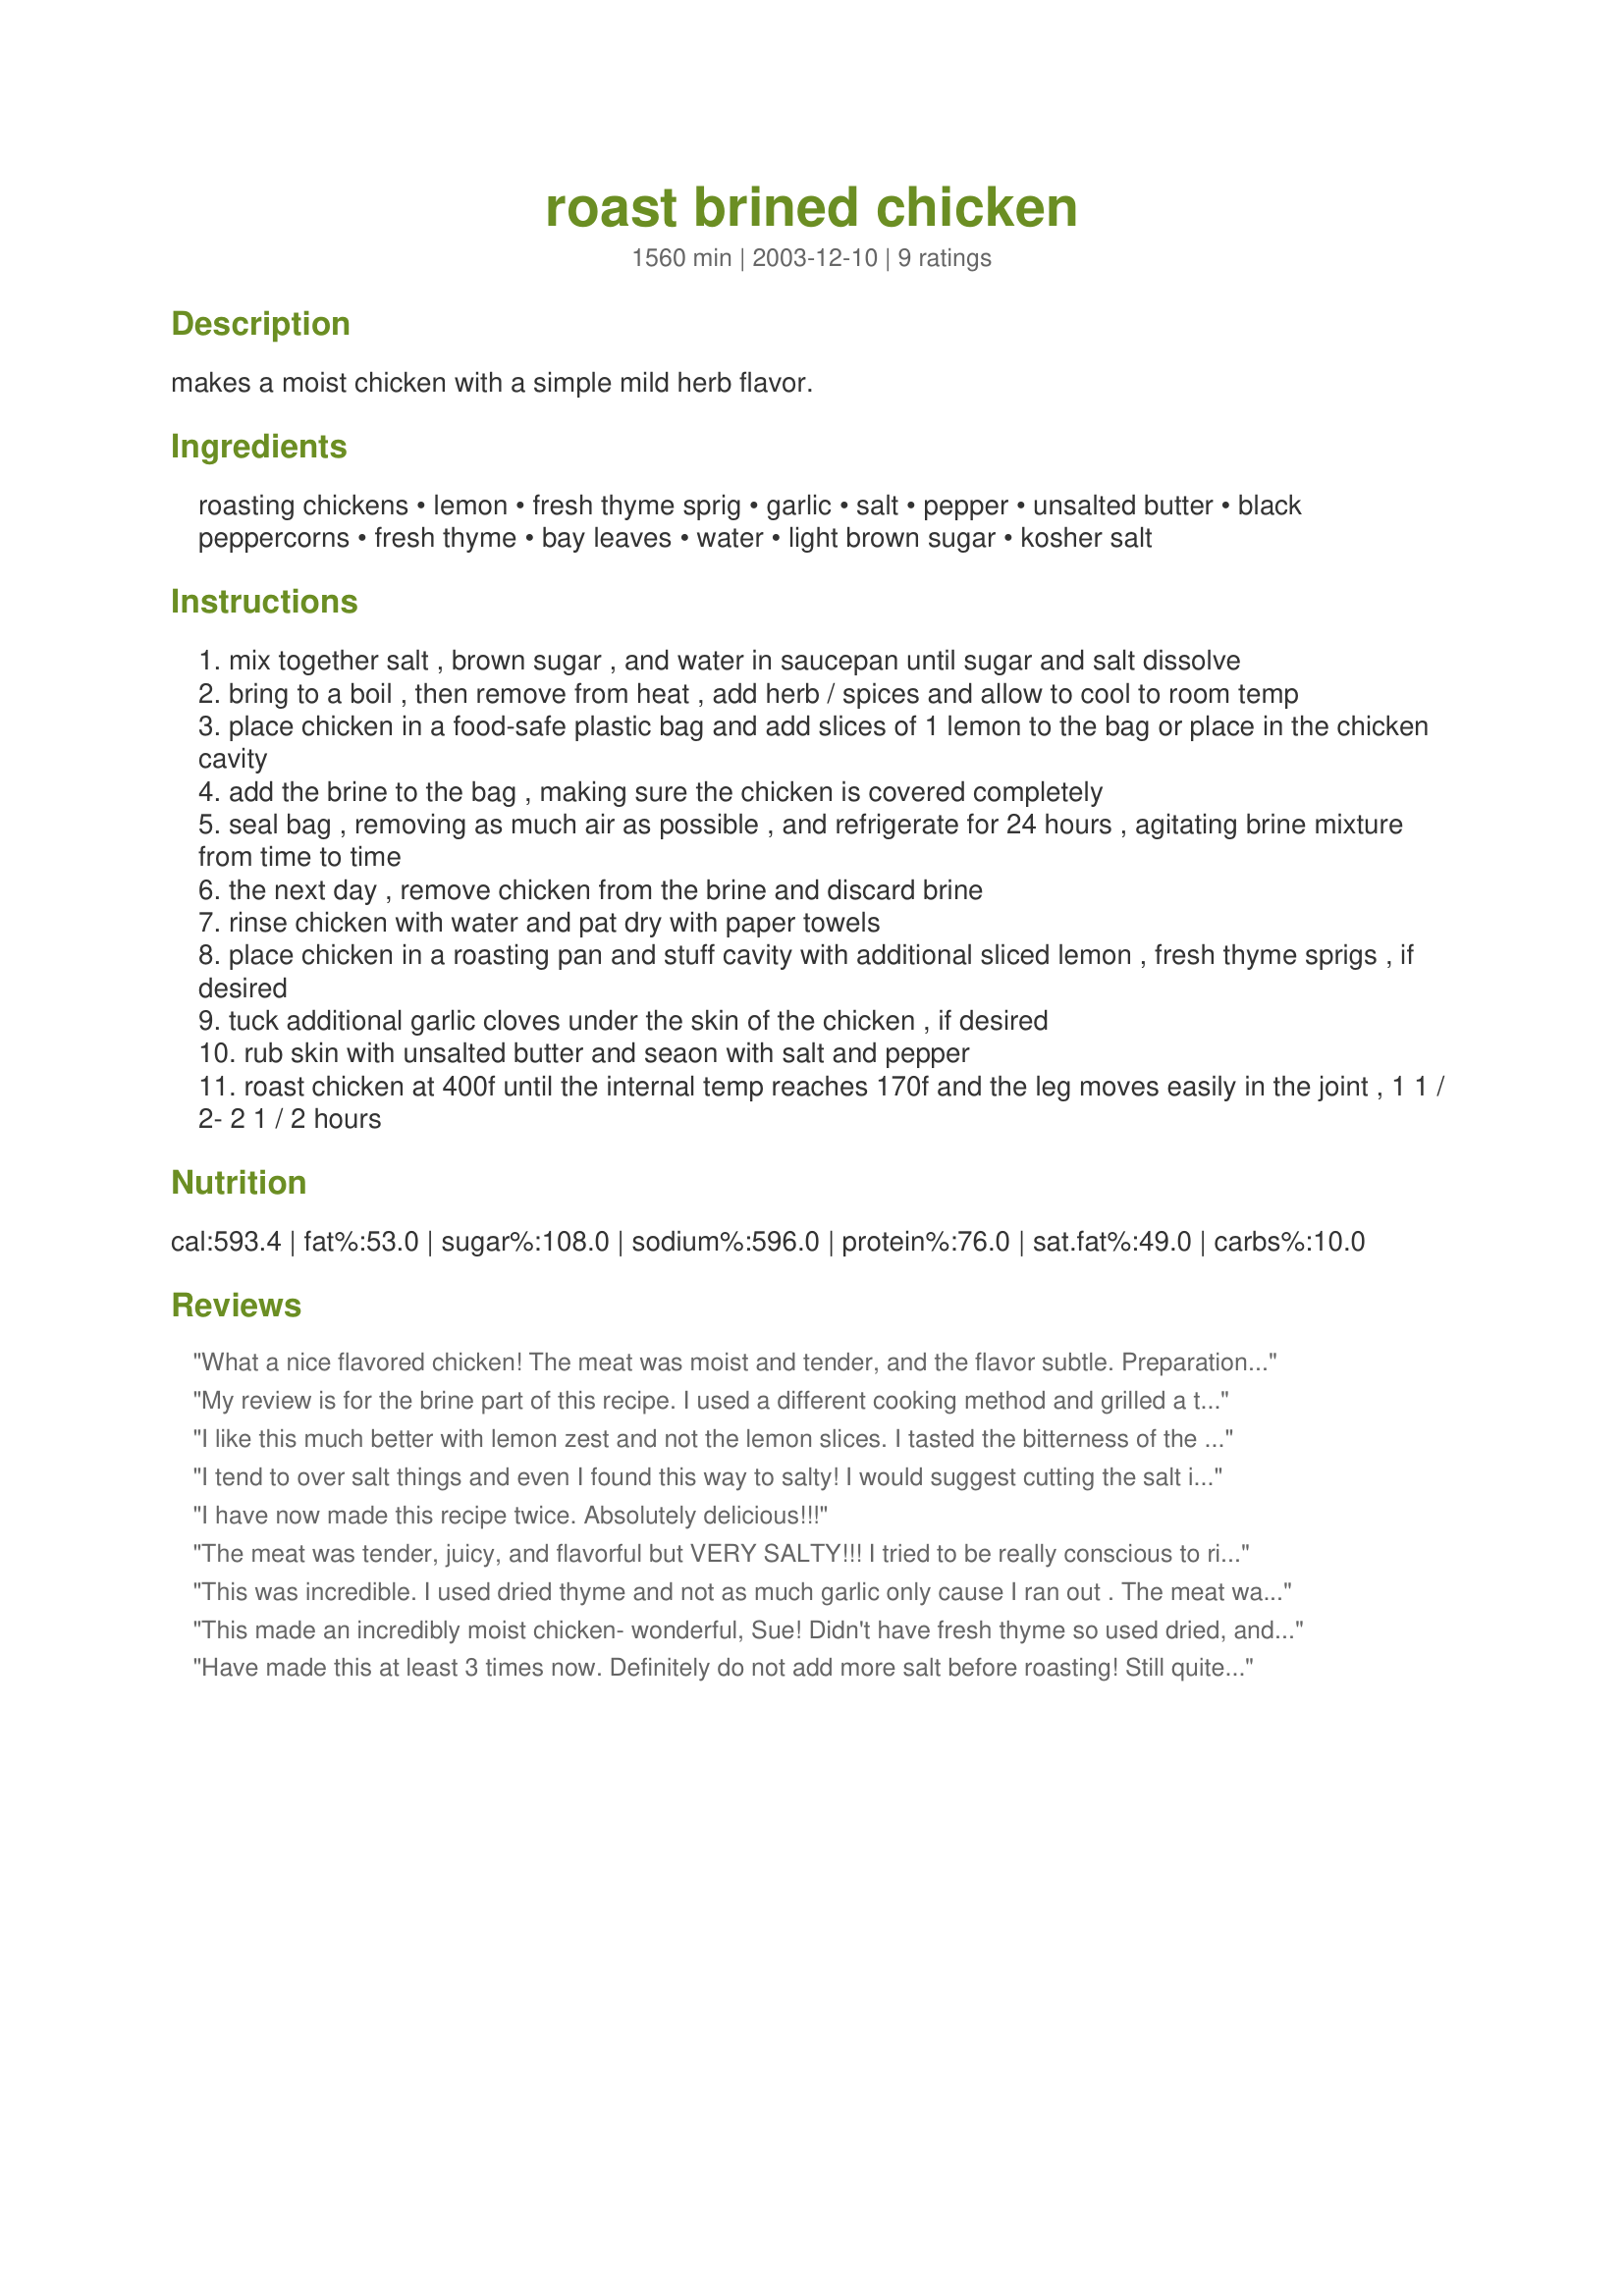
roast brined chicken
Preparation time: 1560 minutes

makes a moist chicken with a simple mild herb flavor.

Ingredients:
roasting chickens, lemon, fresh thyme sprig, garlic, salt, pepper, unsalted butter, black peppercorns, fresh thyme, bay leaves, water, light brown sugar, kosher salt

Steps:
mix together salt , brown sugar , and water in saucepan until sugar and salt dissolve
bring to a boil , then remove from heat , add herb / spices and allow to cool to room temp
place chicken in a food-safe plastic bag and add slices of 1 lemon to the bag or place in the chicken cavity
add the brine to the bag , making sure the chicken is covered completely
seal bag , removing as much air as possible , and refrigerate for 24 hours , agitating brine mixture from time to time
the next day , remove chicken from the brine and discard brine
rinse chicken with water and pat dry with paper towels
place chicken in a roasting pan and stuff cavity with additional sliced lemon , fresh thyme sprigs , if desired
tuck additional garlic cloves under the skin of the chicken , if desired
rub skin with unsalted butter and seaon with salt and pepper
roast chicken at 400f until the internal temp reaches 170f and the leg moves easily in the joint , 1 1 / 2- 2 1 / 2 hours

Reviews:
What a nice flavored chicken! The meat was moist and tender, and the flavor subtle. Preparation was easy and there was plenty of time to prepare side dishes as well as get other things done while the chicken roasted. Best of all, I made two chickens at the same time so I have wonderful chicken to use in other dishes, and the seasonings will not overwhelm anything I choose to make. This recipe is a keeper!
My review is for the brine part of this recipe. I used a different cooking method and grilled a turkey breast. The brine is marvelous. The meat was so flavorful, tender and unbelievably juicy-and we all know how dry turkey breast can be. Just be sure you rinse the poultry well after brining to avoid overly salty meat. I'll be using this one again, Sue.
I like this much better with lemon zest and not the lemon slices. I tasted the bitterness of the white part when i used the slices of lemon other wise a 5 star recipe.
I tend to over salt things and even I found this way to salty! I would suggest cutting the salt in half and adding more lemon or even lemon juice to the brine.
I have now made this recipe twice. Absolutely delicious!!!
The meat was tender, juicy, and flavorful but VERY SALTY!!! I tried to be really conscious to rinse it very well, but maybe still didn't rinse for long enough... Tasty, but not for those with high blood pressure!
This was incredible.
I used dried thyme and not as much garlic only cause I ran out .
The meat was so tender and juicy.
Made for PRMR
This made an incredibly moist chicken- wonderful, Sue! Didn't have fresh thyme so used dried, and sprinkled a bit of lemon pepper on top of the bird before roasting. No salt though. Thanks for another great one- looking forward to the leftovers today :-).
Have made this at least 3 times now. Definitely do not add more salt before roasting! Still quite tasty, but the extra salt on the skin made it inedible, and the skin is my favourite part!
